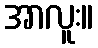
အာလူး။